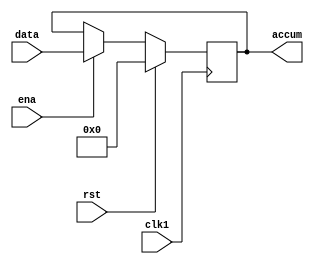
module accum(accum,data,ena,clk1,rst);
    output[7:0] accum;
    input[7:0] data;
    input ena,clk1,rst;
    reg[7:0] accum;
    
    always @(posedge clk1)
     begin
         if(rst)
           accum<=8'h00;    //
        else
           if(ena)
             accum<=data;   //clk1databus8
    end
endmodule